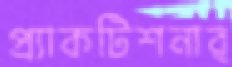
প্র্যাকটিশনার্